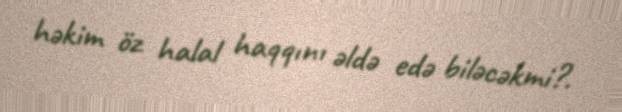
həkim öz halal haqqını əldə edə biləcəkmi?.